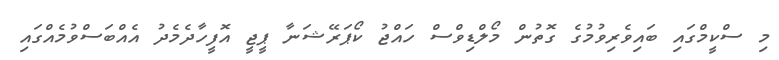
މި ސްކީމްގައި ބައިވެރިވުމުގެ ގޮތުން މޯލްޑިވްސް ހައްޖު ކޯޕަރޭޝަނާ ޕީޖީ އޮފީހާދެމެދު އެއްބަސްވުމެއްގައި